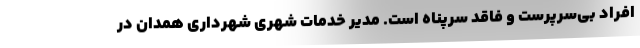
افراد بی‌سرپرست و فاقد سرپناه است. مدیر خدمات شهری شهرداری همدان در